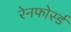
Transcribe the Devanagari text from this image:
रेनफोर्स्ड